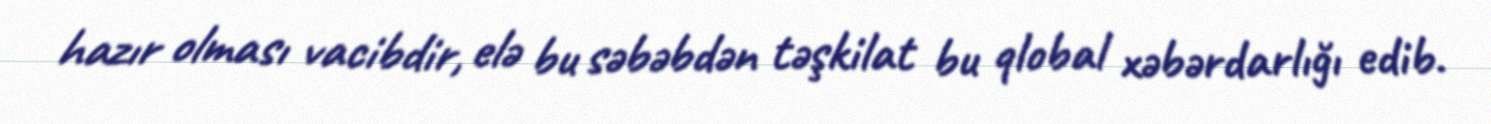
hazır olması vacibdir, elə bu səbəbdən təşkilat bu qlobal xəbərdarlığı edib.